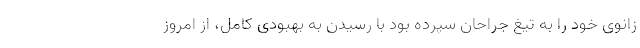
زانوی خود را به تیغ جراحان سپرده بود با رسیدن به بهبودی کامل، از امروز